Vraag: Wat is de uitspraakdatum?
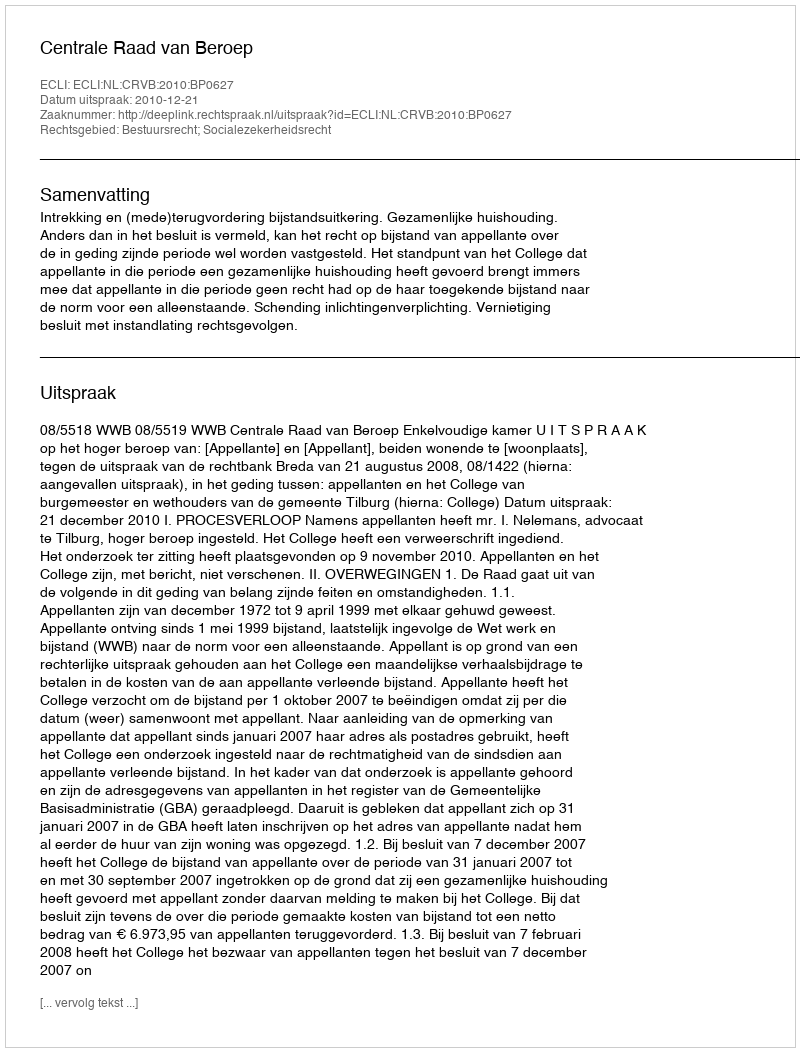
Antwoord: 2010-12-21